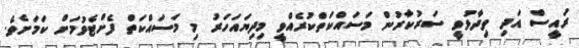
ރައީސް އަދި ވިދާޅުވީ ސަރުކާރުން މަސައްކަތްކުރެއްވީ މިދިޔައަހަރު މި މަސައްކަތް ފެށްޓެވުމަށް ކަމަށެވެ.